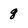
Character: 8